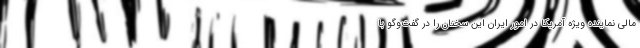
مالی نماینده ویژه آمریکا در امور ایران این سخنان را در گفت‌وگو با